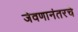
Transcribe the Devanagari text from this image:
जेवणानंतरचे